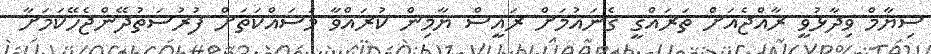
ސިޔާމް ވިދާޅުވީ ރާއްޖެއަށް ތަރައްޤީ ގެނައުމަށް ރައީސް ޔާމިން ކުރައްވާ މަސައްކަތަށް ފުރުސަތުދޭންޖެހޭކަމަށާ